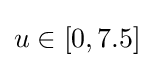
u\in [0,7.5]